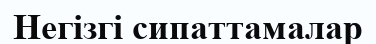
Негізгі сипаттамалар